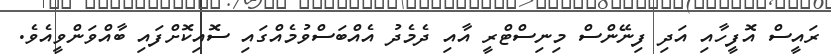
ރައީސް އޮފީހާއި އަދި ފިނޭންސް މިނިސްޓްރީ އާއި ދެމެދު އެއްބަސްވުމެއްގައި ސޮއިކޮށްފައި ބާއްވަންވީއެވެ.